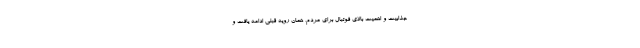
جذابیت و اهمیت بالای فوتبال برای مردم، همان رویه قبلی ادامه یافت و